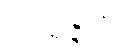
သာရဇ္ဇတိ